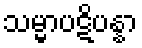
သမ္မာပဋိပန္နာ